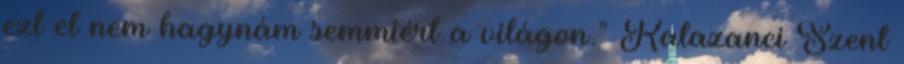
ezt el nem hagynám semmiért a világon.” Kalazanci Szent